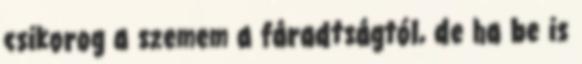
csikorog a szemem a fáradtságtól, de ha be is